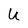
Character: U